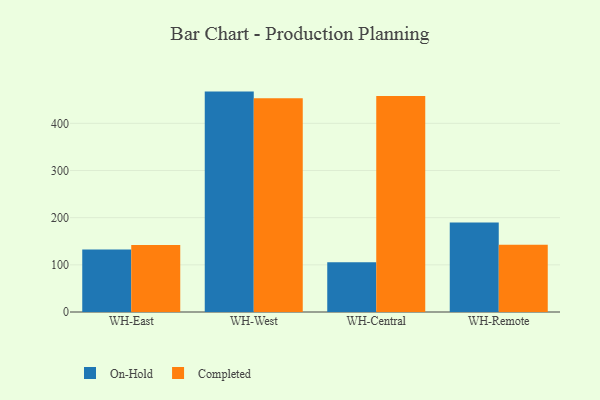
{"axis": {"x": "Warehouse", "y": "Humidity (%)"}, "legend": ["Completed", "On-Hold"], "data": [{"x": "WH-East", "y": 132.7, "type": "On-Hold"}, {"x": "WH-East", "y": 141.9, "type": "Completed"}, {"x": "WH-West", "y": 467.3, "type": "On-Hold"}, {"x": "WH-West", "y": 453.3, "type": "Completed"}, {"x": "WH-Central", "y": 105.6, "type": "On-Hold"}, {"x": "WH-Central", "y": 457.8, "type": "Completed"}, {"x": "WH-Remote", "y": 189.6, "type": "On-Hold"}, {"x": "WH-Remote", "y": 142.8, "type": "Completed"}]}